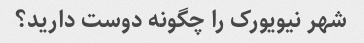
شهر نیویورک را چگونه دوست دارید؟